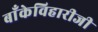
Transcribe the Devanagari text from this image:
बाँकेविहारीजी